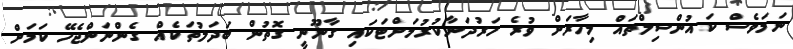
ނަމަވެސް ކައުންސިލްތައް މިހާރަށް ވުރެ ހަރުދަނާކުރުމަށްޓަކައި ގާނޫނީ ގޮތުން ބަދަލުތަކެއް ގެންނަންޖެހޭ ކަމަށް